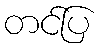
တင်ပြ